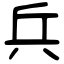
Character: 兵